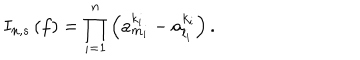
LaTeX: I _ { n , s } \left( f \right) = \prod _ { i = 1 } ^ { n } \left( a _ { m _ { i } } ^ { k _ { i } } - a _ { l _ { i } } ^ { k _ { i } } \right) .